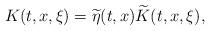
LaTeX: \begin{align*}K(t,x, \xi)= \widetilde{\eta}(t,x) \widetilde{K}(t, x, \xi),\end{align*}